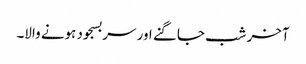
آخر شب جاگنے اور سربسجود ہونے والا۔